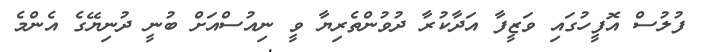
ފުލުސް އޮފީހުގައި ވަޒީފާ އަދާކުރާ ދުވުންތެރިޔާ ވީ ނިއުސްއަށް ބުނީ ދުނިޔޭގެ އެންމެ